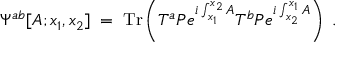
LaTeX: \Psi ^ { a b } [ A ; x _ { 1 } , x _ { 2 } ] \; = \; \mathrm { T r } \left( T ^ { a } { \cal P } e ^ { i \int _ { x _ { 1 } } ^ { x _ { 2 } } A } T ^ { b } { \cal P } e ^ { i \int _ { x _ { 2 } } ^ { x _ { 1 } } A } \right) \; .